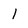
Character: 1